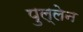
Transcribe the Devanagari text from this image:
पुल्लेन